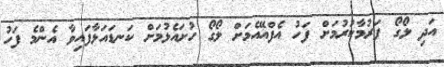
އަދި ލޯގޯ ފަރުމާކުރުމަށް ފަހު އެފްއޭއެމަށް ލޯގޯ ހުށައެޅުމަށް ކަނޑައަޅާފައިވާ އެންމެ ފަހު